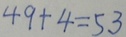
4 9 + 4 = 5 3